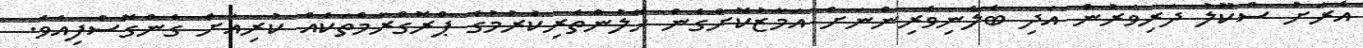
އެރަށު ސްކޫލު ދަރިވަރުން އަދި ބެލެނިވެރިންނަށް އަމާޒުކޮށްގެން ހޭލުންތެރިކުރުމުގެ ޕްރޮގްރާމްތަކެއް ކުރިއަށް ގެންގޮސްފިއެވެ.